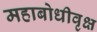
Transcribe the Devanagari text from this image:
महाबोधीवृक्ष